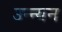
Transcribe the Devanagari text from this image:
उन्न्यन